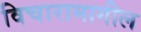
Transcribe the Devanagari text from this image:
विचारामागील